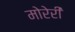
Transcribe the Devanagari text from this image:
मोरेरी